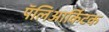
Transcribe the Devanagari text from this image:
पॅलिआर्किटक